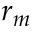
r _ { m }